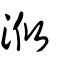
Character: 浟